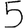
Digit: 5